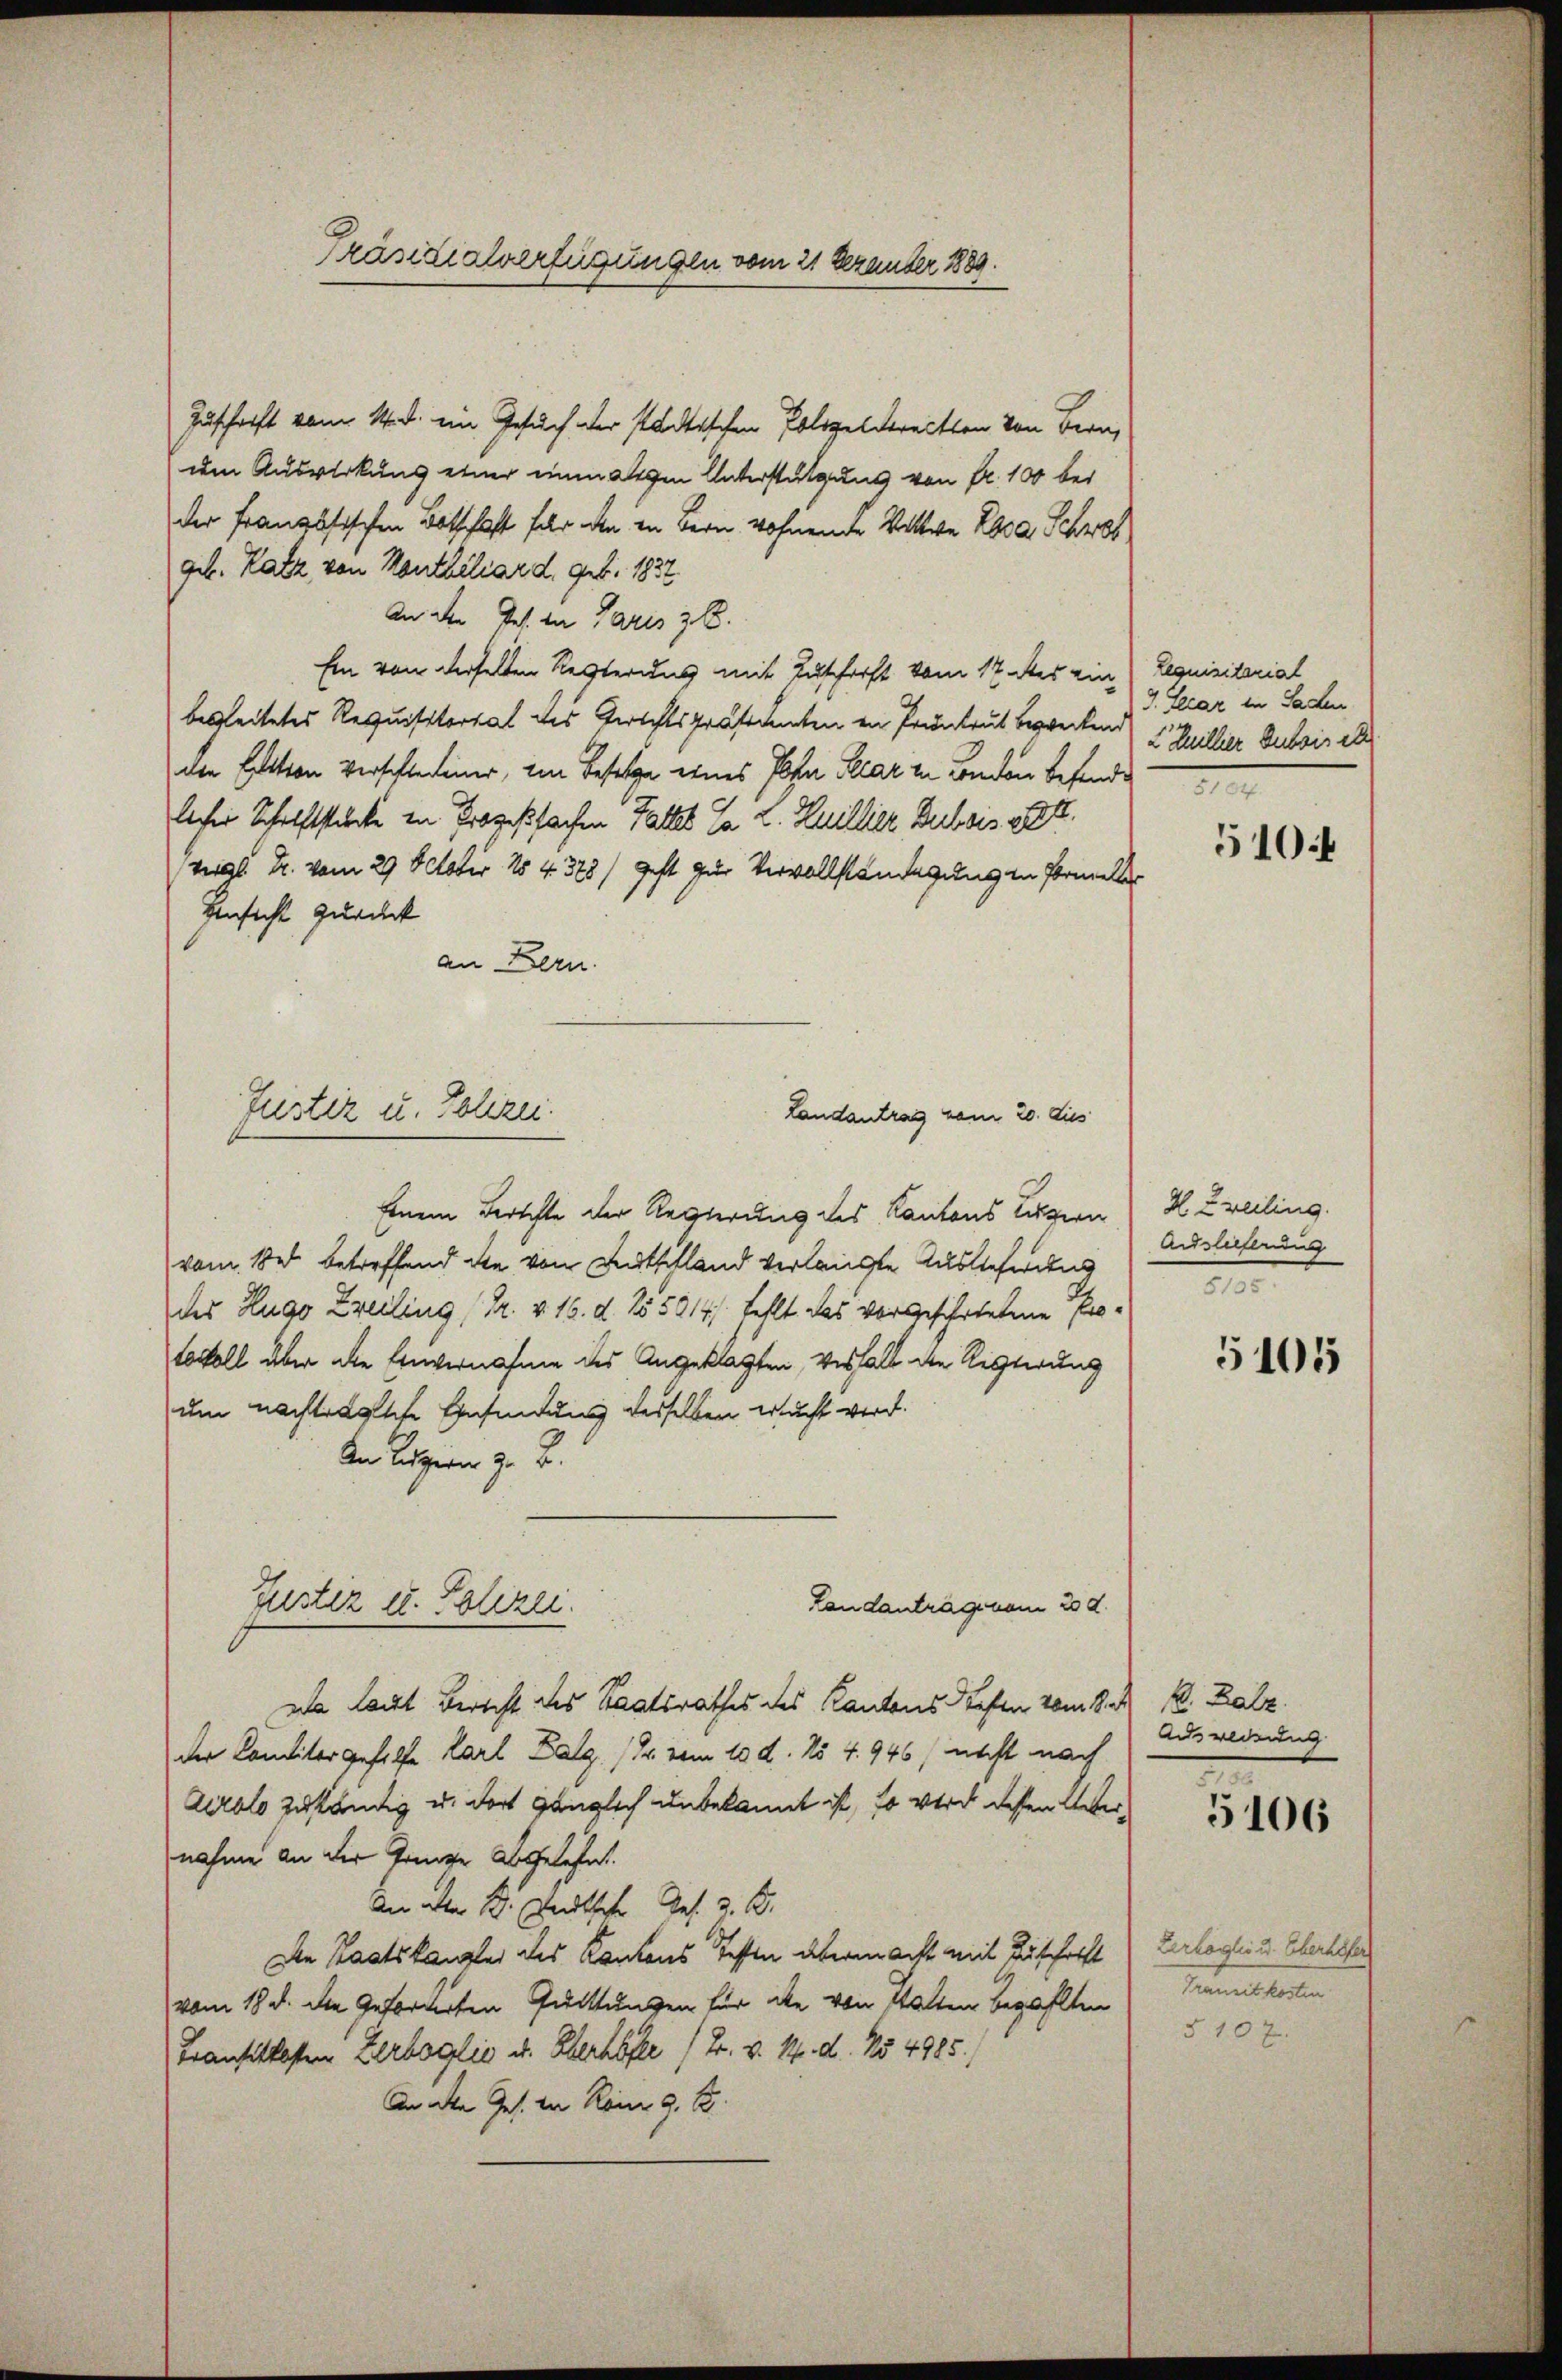
Präsidialverfügungen vom 21 Dezember 1889.

Zuschrift vom 14. d. ein Gesuch der städtischen Polizeldreitten von Bern,
um Auswirkung einer einmaligen Unterstützung von fr. 100 bei
der Französischen Botschaft für den in Bern wohnende Wittwe Zara Schrot
geb. Katz von Kanthiliar d. geb. 1832.
An der Ges. in Paris z. B.
Ein von derselten Regierung mit Zuschärft vom 17. der ein
begleitetes Requisitorial des Gerichtspräsidenten in Pruntrut begrechend 1 Gillier Subsis et
den Exation verschledener, im Besetze eines Plan Klar in London befinde
licher Schilftstücke in Prozeßsachen Gattet. Ja 2. Heillier Bubis 1888.
Val Fr. vom 29. October 184323/ geht zur Vervollständigung in Princker
Einsicht zurück
an Bern.
Einem Berichte der Regierung des Kantons Luzern
vom Bad betreffend die von Deutschland verlangte Auslieferung
der Hugo Zreiling (Dr. v. 16. d. 255914/ fehlt das vorgeschriebene Protocoll über die Einvernahme des Angeklagten, verhalb den Kisterung
um nachträgliche Gefindung desselben ersucht wird.
An Luzern z. B.
Landantragenem 20 d.
Justiz u. Polizei.
wa Laut Bericht des Staatsrathes des Kantons Stoffen vom 8. d. M. Balz
der Conditorgehilfe Karl Zalg /Pr. vom 10. d. No 4. 946/ nicht nach
Airolo zuständig u. dort gänzlich unbekannt ist, so wird dessen Unternahme an der Gringe abgelehnt.
An der B. deutsche Ges. z. B.
Die Staatskanzler des Kantons Testen übermacht mit Buschrift
vom 18. d. die Geforderten Gutttungen für die von Walten bezahlten
Transitkosten Zerboglio u. Berhöfe / Fr. v. M. d. No 4985.)
An alte Ges. Der Rom 9. 18.

Justiz u. Polizei.
Landantrag vom 20. dies

Lequisitariat
J. Decar in Sachen.

510.

H. Zweiling.
Auslieferung
I

5105

Adsoldung
.

5106

Verhaglio u. Eberhöfer
Termitteln
510 x